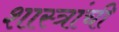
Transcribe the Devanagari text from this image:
शास्त्रांची